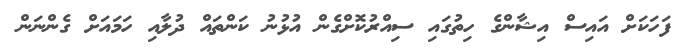
ފަހަކަށް އައިސް އިޝާންގެ ހިތުގައި ސިއްރުކޮށްގެން އުޅުނު ކަންތައް ދުލާއި ހަމައަށް ގެންނަން